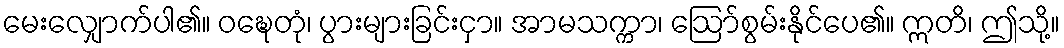
မေးလျှောက်ပါ၏။ ဝဍ္ဎေတုံ၊ ပွားများခြင်းငှာ။ အာမသက္ကာ၊ ဩော်စွမ်းနိုင်ပေ၏။ ဣတိ၊ ဤသို့။